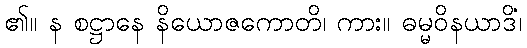
၏။ န စဋ္ဌာနေ နိယောဇကောတိ၊ ကား။ ဓမ္မဝိနယာဒိံ၊